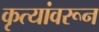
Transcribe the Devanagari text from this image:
कृत्यांवरून